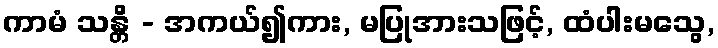
ကာမံ သန္တိ - အကယ်၍ကား, မပြုအားသဖြင့်, ထံပါးမသွေ,